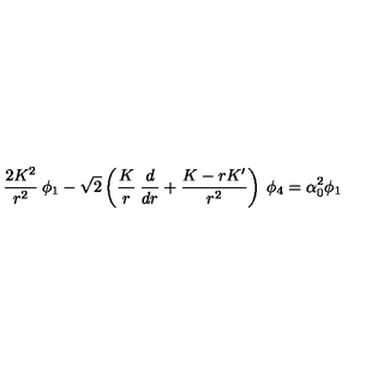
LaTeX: { \frac { 2 K ^ { 2 } } { r ^ { 2 } } } \: \phi _ { 1 } - \sqrt 2 \left( { \frac { K } { r } } \: { \frac { d } { d r } } + { \frac { K - r K ^ { \prime } } { r ^ { 2 } } } \right) \: \phi _ { 4 } = \alpha _ { 0 } ^ { 2 } \phi _ { 1 }